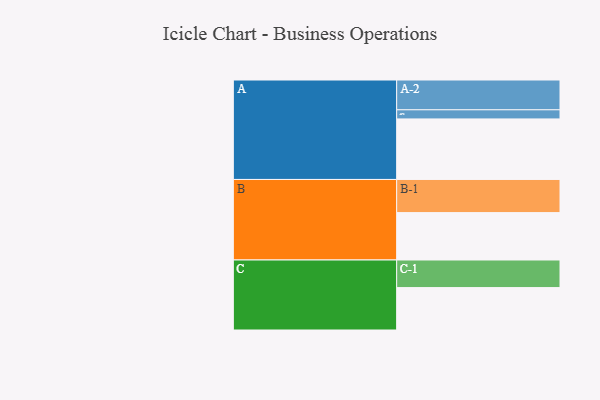
{"axis": {"x": "Segment", "y": "Value"}, "legend": ["", "A", "B", "C"], "data": [{"x": "A", "y": 524, "type": ""}, {"x": "B", "y": 410, "type": ""}, {"x": "C", "y": 367, "type": ""}, {"x": "A-1", "y": 79, "type": "A"}, {"x": "A-2", "y": 258, "type": "A"}, {"x": "B-1", "y": 287, "type": "B"}, {"x": "C-1", "y": 239, "type": "C"}]}